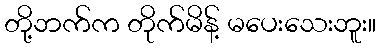
တို့ဘက်က တိုက်မိန့် မပေးသေးဘူး။